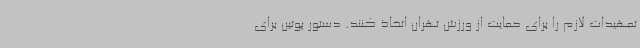
تمهیدات لازم را برای حمایت از ورزش تهران اتخاذ کنند. دستور پوتین برای